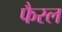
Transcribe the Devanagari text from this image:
फैरल